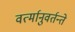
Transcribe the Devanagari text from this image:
वर्त्मानुवर्तन्ते